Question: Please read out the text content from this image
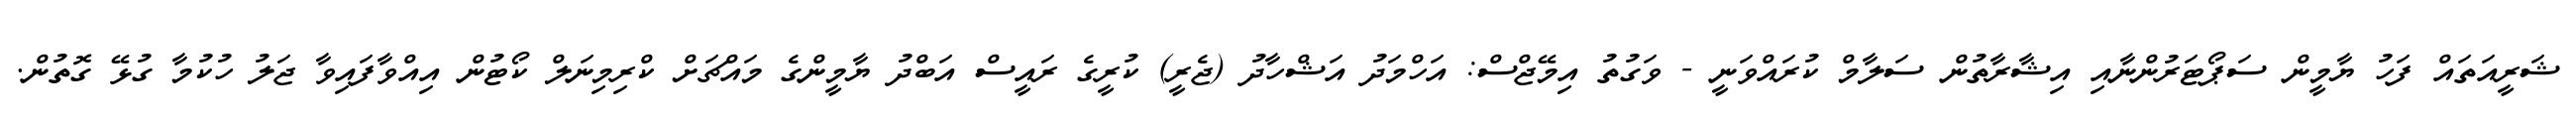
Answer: ޝަރީއަތައް ފަހު ޔާމީން ސަޕޯޓަރުންނާއި އިޝާރާތުން ސަލާމް ކުރައްވަނީ - ވަގުތު އިމޭޖްސް: އަހްމަދު އަޝްހާދު (ޖެރީ) ކުރީގެ ރައީސް އަބްދު ޔާމީންގެ މައްޗަށް ކްރިމިނަލް ކޯޓުން އިއްވާފައިވާ ޖަލު ހުކުމާ ގުޅޭ ގޮތުން.